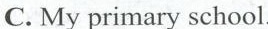
C. My primary school.